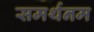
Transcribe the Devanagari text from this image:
समर्थनम